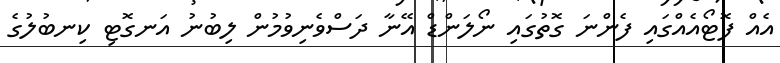
އެއް ފޮޓޯއެއްގައި ފެންނަ ގޮތުގައި ނޯލަންޑް އޭނާ ދަސްވެނިވުމުން ލިބުނު އަނގޮޓި ކިނބުލުގެ